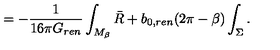
= - { \frac { 1 } { 1 6 \pi G _ { r e n } } } \int _ { M _ { \beta } } \bar { R } + b _ { 0 , r e n } ( 2 \pi - \beta ) \int _ { \Sigma } .